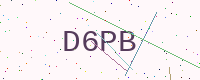
Text: D6PB